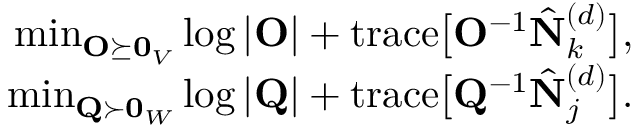
\begin{array} { r } { \operatorname* { m i n } _ { \mathbf { O } \succeq \mathbf { 0 } _ { V } } \log \vert \mathbf { O } \vert + \mathrm { t r a c e } \big [ \mathbf { O } ^ { - 1 } \hat { \mathbf { N } } _ { k } ^ { ( d ) } \big ] , } \\ { \operatorname* { m i n } _ { \mathbf { Q } \succ \mathbf { 0 } _ { W } } \log \vert \mathbf { Q } \vert + \mathrm { t r a c e } \big [ \mathbf { Q } ^ { - 1 } \hat { \mathbf { N } } _ { j } ^ { ( d ) } \big ] . } \end{array}